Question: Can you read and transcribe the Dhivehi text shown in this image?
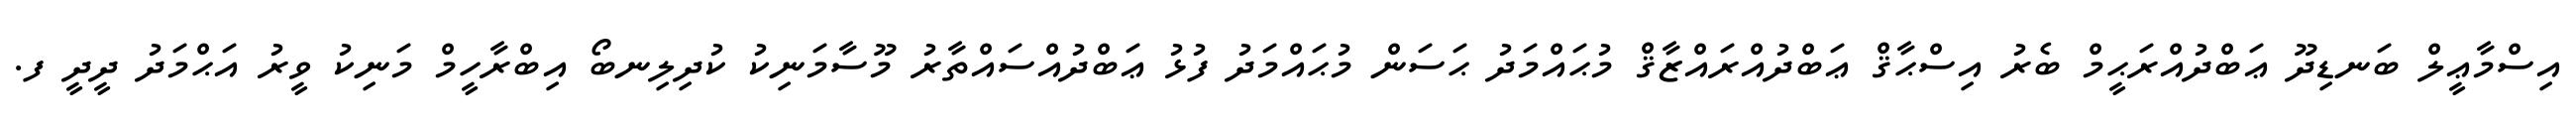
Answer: އިސްމާޢީލް ބަނޑިދޫ ޢަބްދުއްރަޙީމް ބެރު އިސްޙާޤް ޢަބްދުއްރައްޒާޤް މުޙައްމަދު ޙަސަން މުޙައްމަދު ފުޅު ޢަބްދުއްސައްތާރު މޫސާމަނިކު ކުދިލިނބޯ އިބްރާހީމް މަނިކު ވީރު އަޙްމަދު ދީދީ ފ.